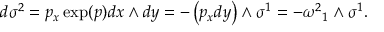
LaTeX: d \sigma ^ { 2 } = p _ { x } \exp ( p ) d x \wedge d y = - \left( p _ { x } d y \right) \wedge \sigma ^ { 1 } = - { \omega ^ { 2 } } _ { 1 } \wedge \sigma ^ { 1 } .